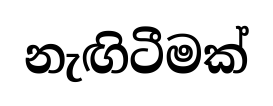
නැඟිටීමක්